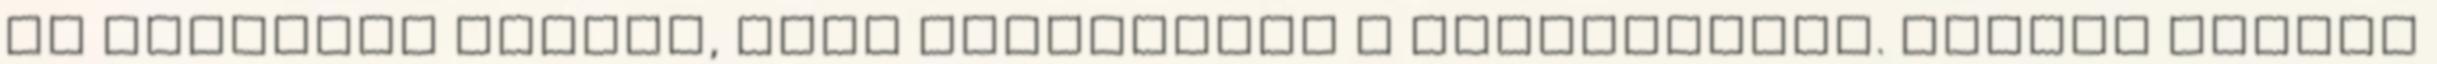
és csíkokra vágjuk, majd hozzáadjuk a burgonyához. Marcsi Nagyon